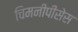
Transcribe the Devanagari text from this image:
चिमनीपीसेस